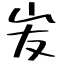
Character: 𡵢